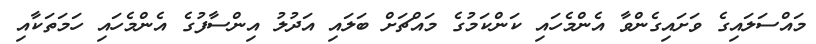
މައްސަލައިގެ ވަށައިގެންވާ އެންމެހައި ކަންކަމުގެ މައްޗަށް ބަލައި އަދުލު އިންސާފުގެ އެންމެހައި ހަމަތަކާއި